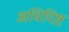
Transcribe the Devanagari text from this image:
अधिदिष्ट